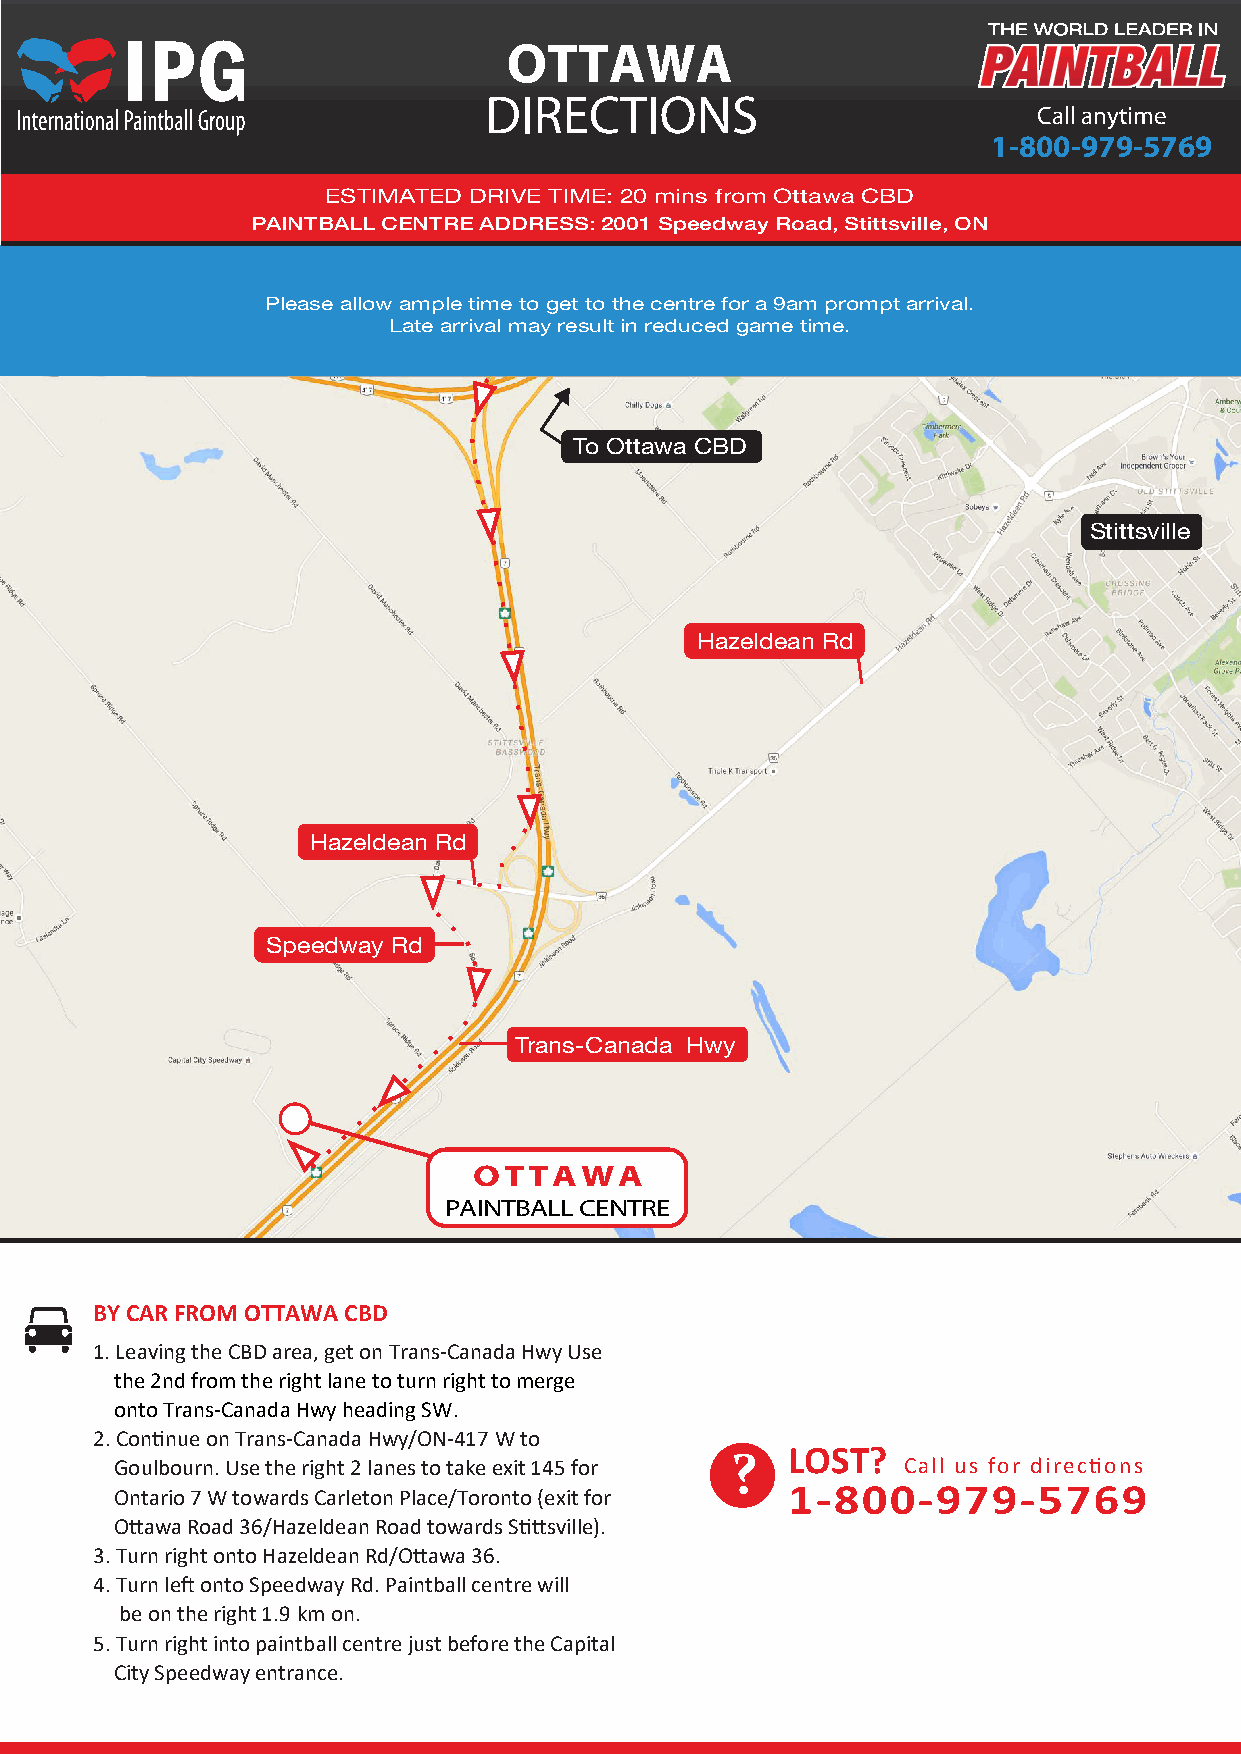
OTTAWA
 DIRECTIONS
 Call anytime
 1-800-979-5769
 ESTIMATED DRIVE TIME: 20 mins from Ottawa CBD
 PAINTBALL CENTRE ADDRESS: 2001 Speedway Road, Stittsville, ON
 Please allow ample time to get to the centre for a 9am prompt arrival.
 Late arrival may result in reduced game time.
 To Ottawa CBD
 Stittsville
 Hazeldean Rd
 Hazeldean Rd
 Speedway Rd
 Trans-Canada Hwy
 OTTAWA
 PAINTBALL CENTRE
 BY CAR FROM OTTAWA CBD
 1. Leaving the CBD area, get on Trans-Canada Hwy Use
 the 2nd from the right lane to turn right to merge
 onto Trans-Canada Hwy heading SW.
 2. Continue on Trans-Canada Hwy/ON-417 W to
 ?   LOST?
 Goulbourn. Use the right 2 lanes to take exit 145 for Call us for directions
 Ontario 7 W towards Carleton Place/Toronto (exit for 1-800-979-5769
 Ottawa Road 36/Hazeldean Road towards Stittsville).
 3. Turn right onto Hazeldean Rd/Ottawa 36.
 4. Turn left onto Speedway Rd. Paintball centre will
 be on the right 1.9 km on.
 5. Turn right into paintball centre just before the Capital
 City Speedway entrance.